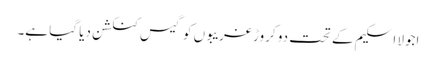
اجولا اسکیم کے تحت دو کروڑ غریبوں کو گیس کنکشن دیا گیا ہے۔